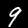
Digit: 9